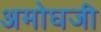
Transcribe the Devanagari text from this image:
अमोघजी